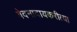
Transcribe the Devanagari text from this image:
वेदनादायकरीत्या